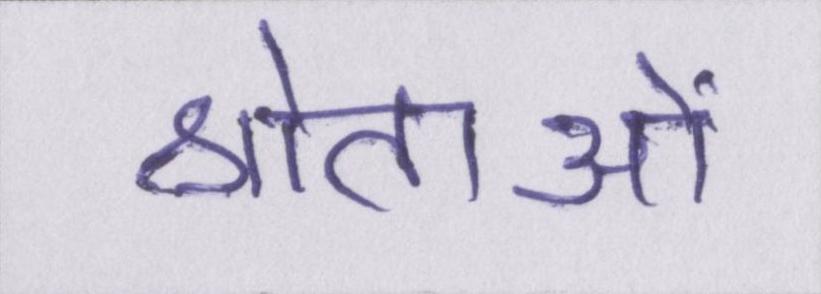
श्रोताओं